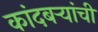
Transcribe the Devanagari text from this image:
कांदबर्‍यांची